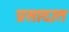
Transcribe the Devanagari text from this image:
प्रसादात